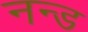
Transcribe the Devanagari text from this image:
नन्ड